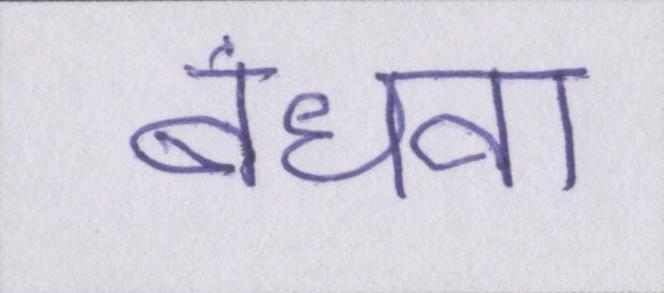
बंधवा